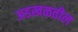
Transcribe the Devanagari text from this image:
अडखळतील